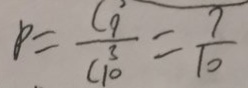
p = \frac { C _ { 9 } } { C _ { 1 0 } ^ { 3 } } = \frac { 7 } { 1 0 }